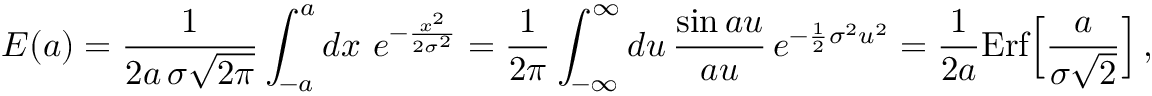
E ( a ) = { \frac { 1 } { 2 a \, \sigma \sqrt { 2 \pi } } } \int _ { - a } ^ { a } d x \ e ^ { - { \frac { x ^ { 2 } } { 2 \sigma ^ { 2 } } } } = { \frac { 1 } { 2 \pi } } \int _ { - \infty } ^ { \infty } d u \, { \frac { \sin a u } { a u } } \, e ^ { - { \frac { 1 } { 2 } } \sigma ^ { 2 } u ^ { 2 } } = { \frac { 1 } { 2 a } } \mathrm { E r f } \Big [ { \frac { a } { \sigma \sqrt 2 } } \Big ] \, ,